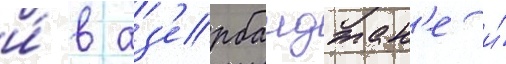
и́ в аз'ербаиджан'е и́